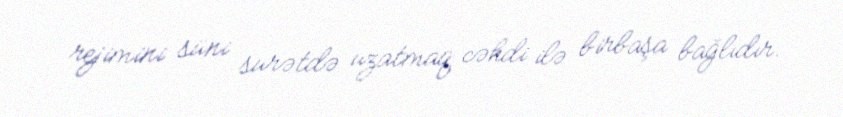
rejimini süni surətdə uzatmaq cəhdi ilə birbaşa bağlıdır.